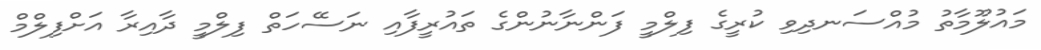
މައުލޫމާތު މުއްސަނދިވި ކުރީގެ ފިލްމީ ފަންނާނުންގެ ތައުރީފާއި ނަސޭހަތް ފިލްމީ ދާއިރާ އަށްފިލްމް